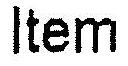
ITEM